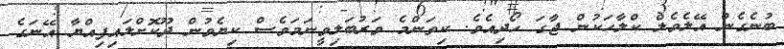
ބުނެގެން އޭލެވެލް ކްލާހަކުން ޖާގަ ހޯދިއެވެ. ކިތަންމެ ވަރުބަލިވީނަމަވެސް ކިޔެވުން ދޫކޮށްލައިފިއްޔާ އޭނަގެ